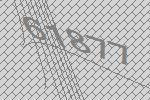
61877